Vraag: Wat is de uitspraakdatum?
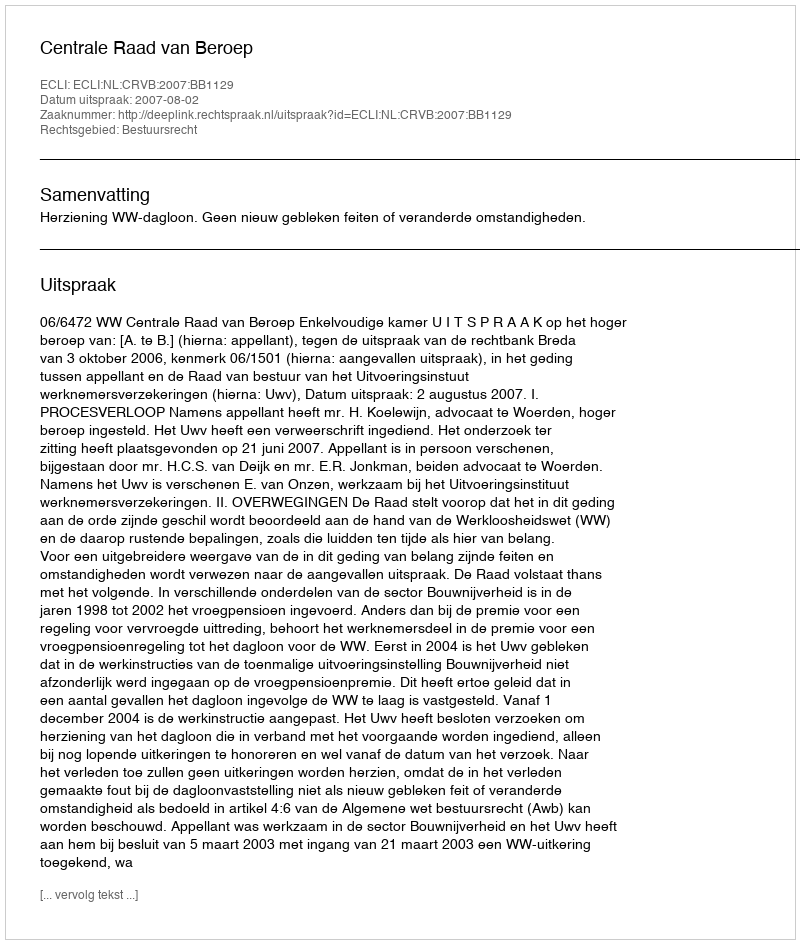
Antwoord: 2007-08-02